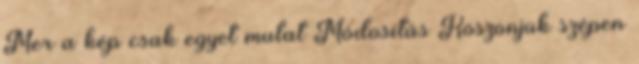
Mer a kép csak egyet mutat Módosítás Köszönjük szépen